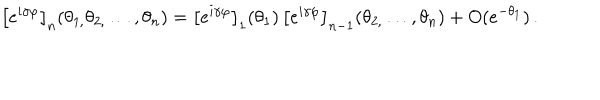
\left[ e ^ { i \gamma \varphi } \right] _ { n } ( \theta _ { 1 , } \theta _ { 2 , } \dots , \theta _ { n } ) = \left[ e ^ { i \gamma \varphi } \right] _ { 1 } ( \theta _ { 1 } ) \, \left[ e ^ { i \gamma \varphi } \right] _ { n - 1 } ( \theta _ { 2 , } \dots , \theta _ { n } ) + O ( e ^ { - \theta _ { 1 } } ) \, .